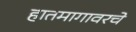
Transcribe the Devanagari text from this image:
हातमागावरचे